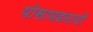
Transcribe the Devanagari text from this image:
पोसायडनाशी